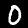
Digit: 0